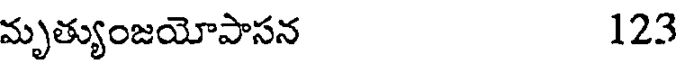
మృత్యుంజయోపాసన 123